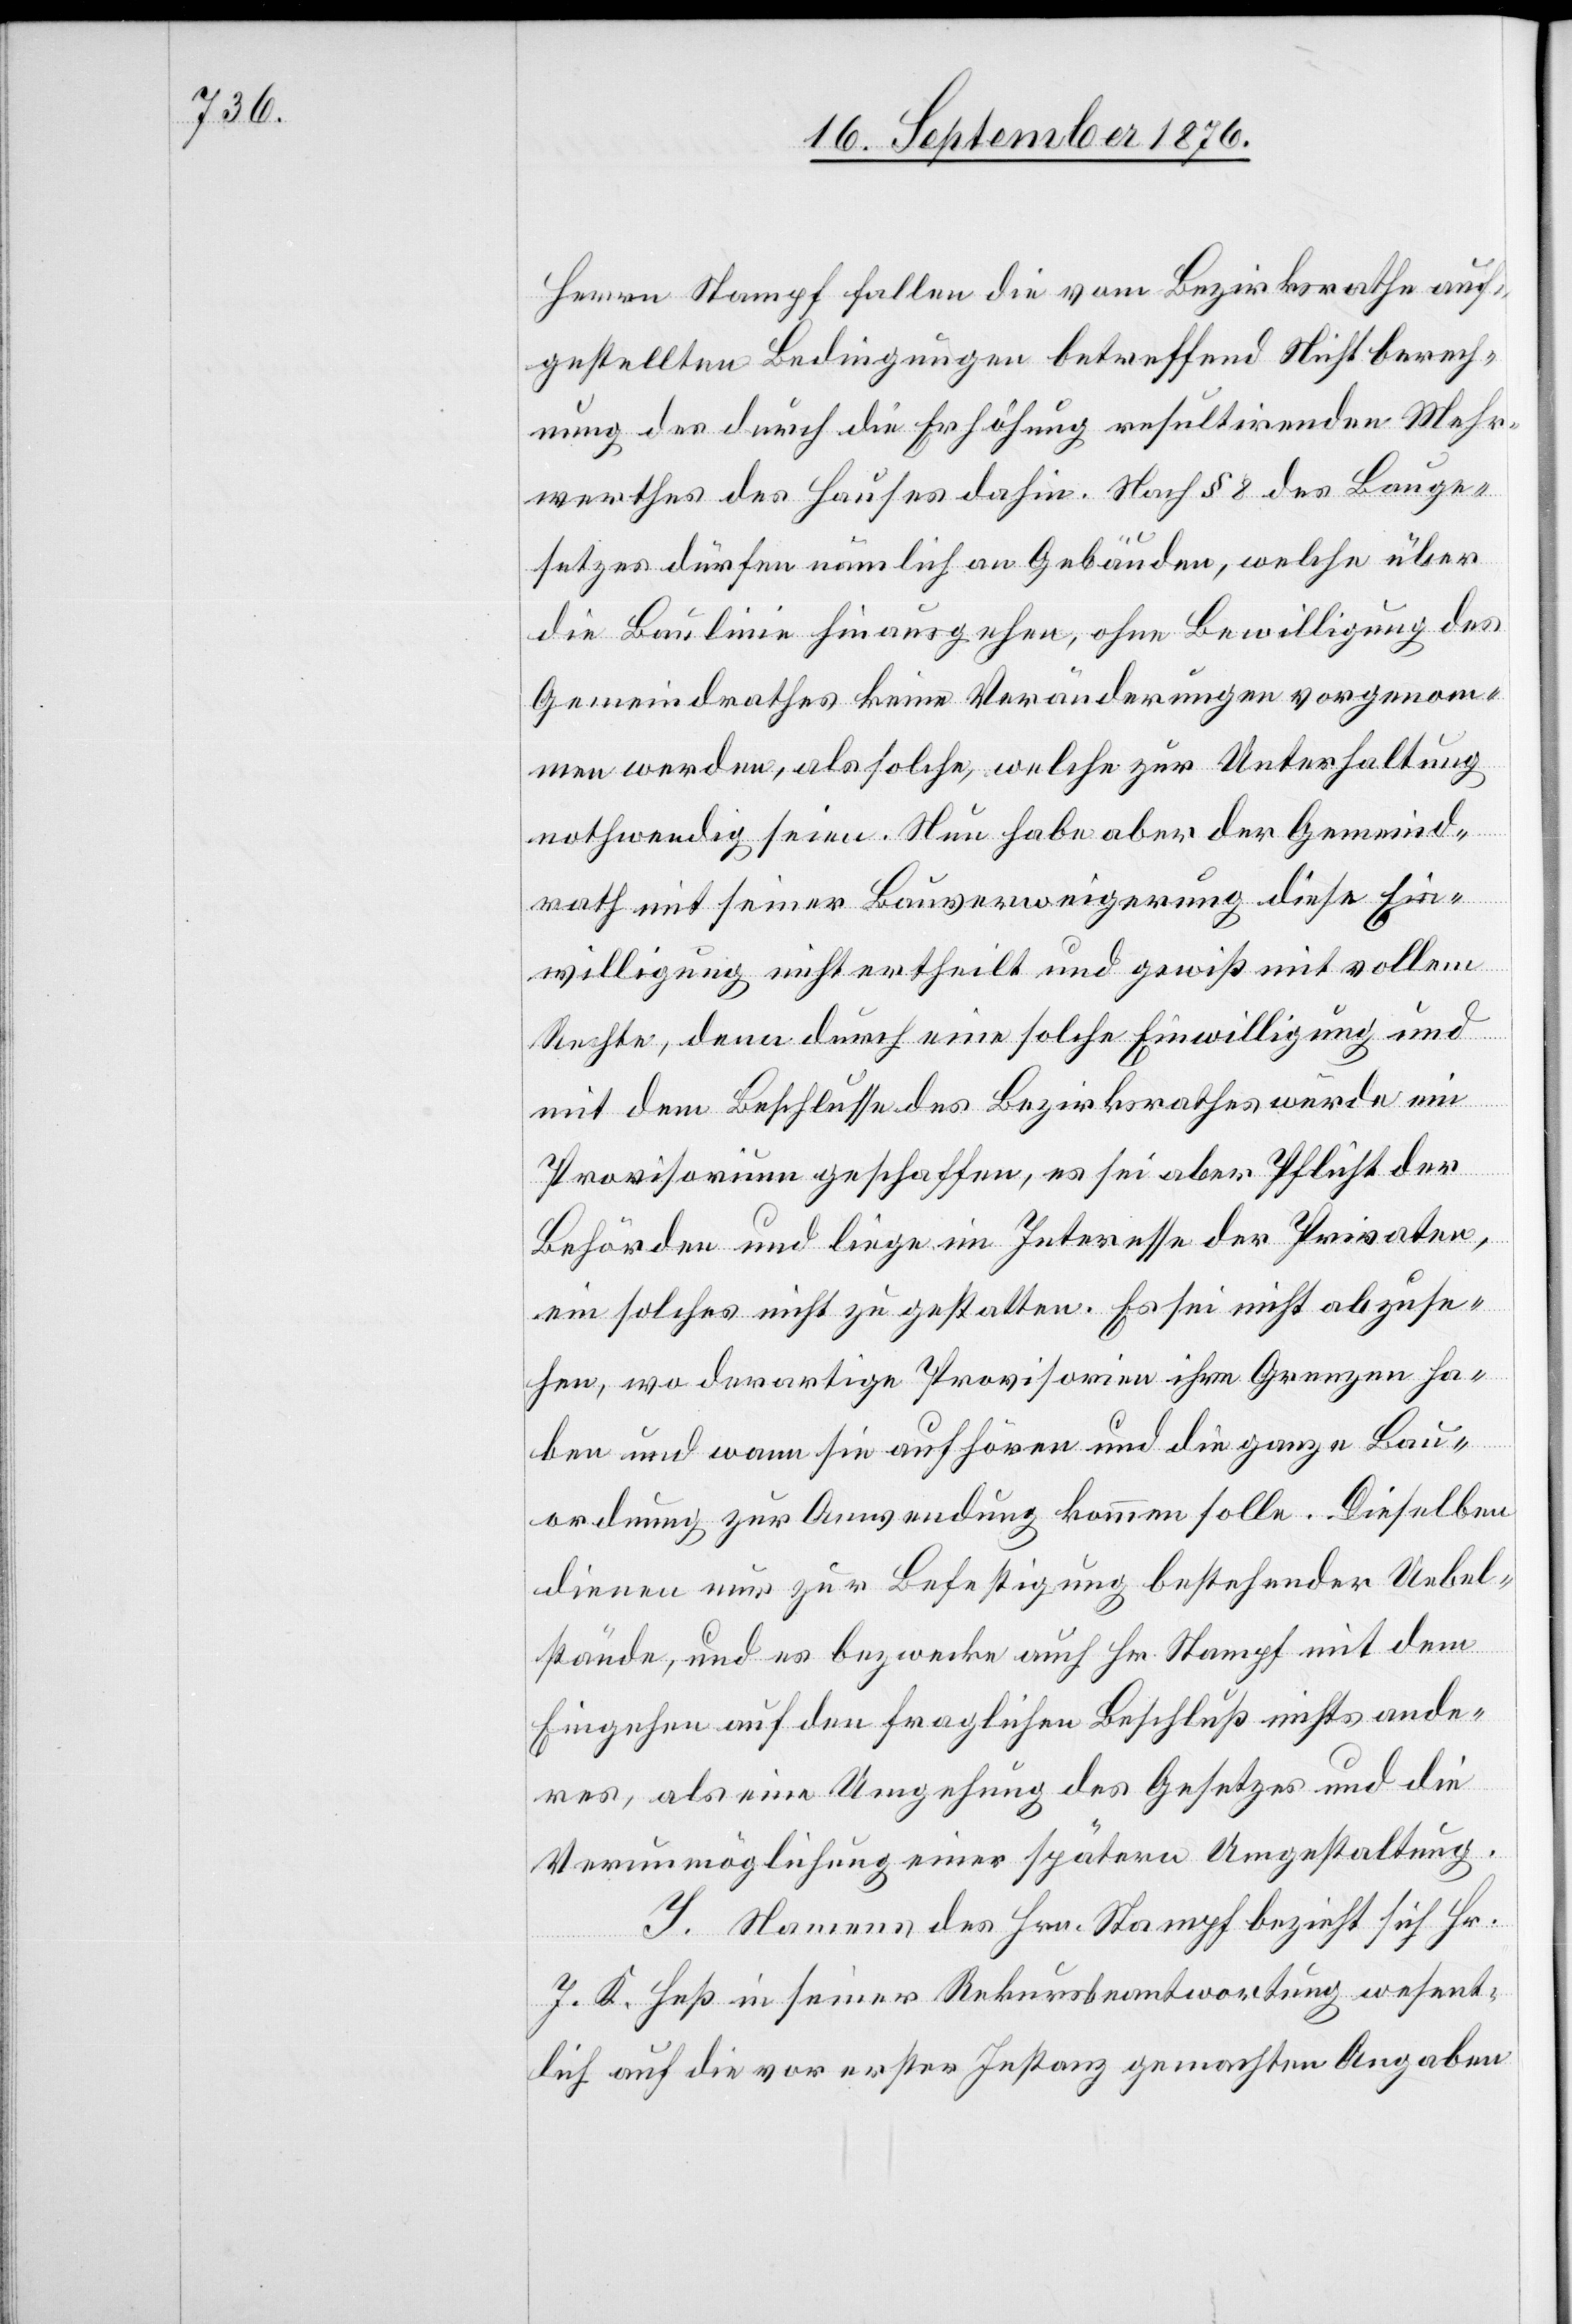
Herrn Stampf fallen die vom Bezirksrathe auf¬
gestellten Bedingungen betreffend Nichtberecht¬
igung des durch die Erhöhung resultirenden Mehr¬
werthes des Hauses dahin. Nach § 8 des Bauge¬
setzes dürfen nämlich an Gebäuden, welche über
die Baulinie hinausgehen, ohne Bewilligung des
Gemeindrathes keine Veränderungen vorgenom¬
men werden, als solche, welche zur Unterhaltung
nothwendig seien. Nun habe aber der Gemeind¬
rath mit seiner Bauverweigerung diese Ein¬
willigung nicht ertheilt und gewiß mit vollem
Rechte, denn durch eine solche Einwilligung und
mit dem Beschlusse des Bezirksrathes würde ein
Provisorium geschaffen, es sei aber Pflicht der
Behörden und liege im Interesse der Privaten,
ein solches nicht zu gestatten. Es sei nicht abzuse¬
hen, wo derartige Provisorien ihre Grenzen ha¬
ben und wann sie aufhören und die ganze Bau¬
ordnung zur Anwendung kommen solle. Dieselben
dienen nur zur Befestigung bestehender Uebel¬
stände, und es bezwecke auch Hr. Stampf mit dem
Eingehen auf den fraglichen Beschluß nichts ande¬
res, als eine Umgehung des Gesetzes und die
Verunmöglichung einer spätern Umgestaltung.
I. Namens des Hrn. Stampf bezieht sich H¬
r. K. Heß in seiner Rekursbeantwortung wesent¬
lich auf die vor erster Instanz gemachten Angaben